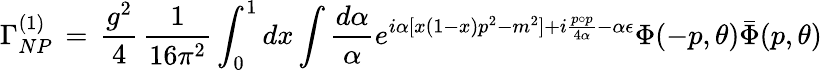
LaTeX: \Gamma_{NP}^{(1)}\, =\, \frac{g^{2}}{4}\, \frac{1}{16\pi^{2}}\int_{0}^{1}dx\int\frac{d\alpha}{\alpha}e^{i\alpha[x(1-x)p^{2}-m^{2}]+i\frac{p\circ p}{4\alpha}-\alpha\epsilon}\Phi(-p,\theta)\bar{\Phi}(p,\theta)